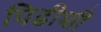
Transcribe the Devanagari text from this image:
पिढीशी